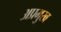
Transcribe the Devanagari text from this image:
अप्रमुख